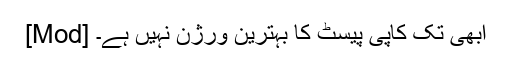
[Mod] ابھی تک کاپی پیسٹ کا بہترین ورژن نہیں ہے۔